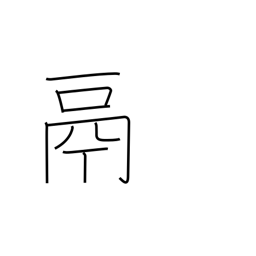
Meaning: tripod